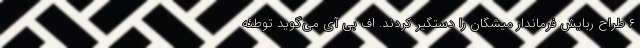
۶ طراح ربایش فرماندار میشگان را دستگیر کردند. اف بی آی می‌گوید توطئه‌